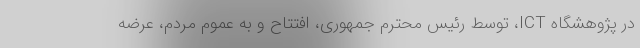
در پژوهشگاه ICT، توسط رئیس محترم جمهوری، افتتاح و به عموم مردم، عرضه